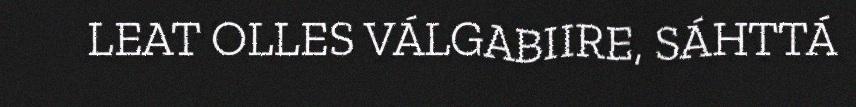
LEAT OLLES VÁLGABIIRE, SÁHTTÁ